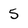
Character: 5